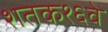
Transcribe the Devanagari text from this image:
शतक१६वे